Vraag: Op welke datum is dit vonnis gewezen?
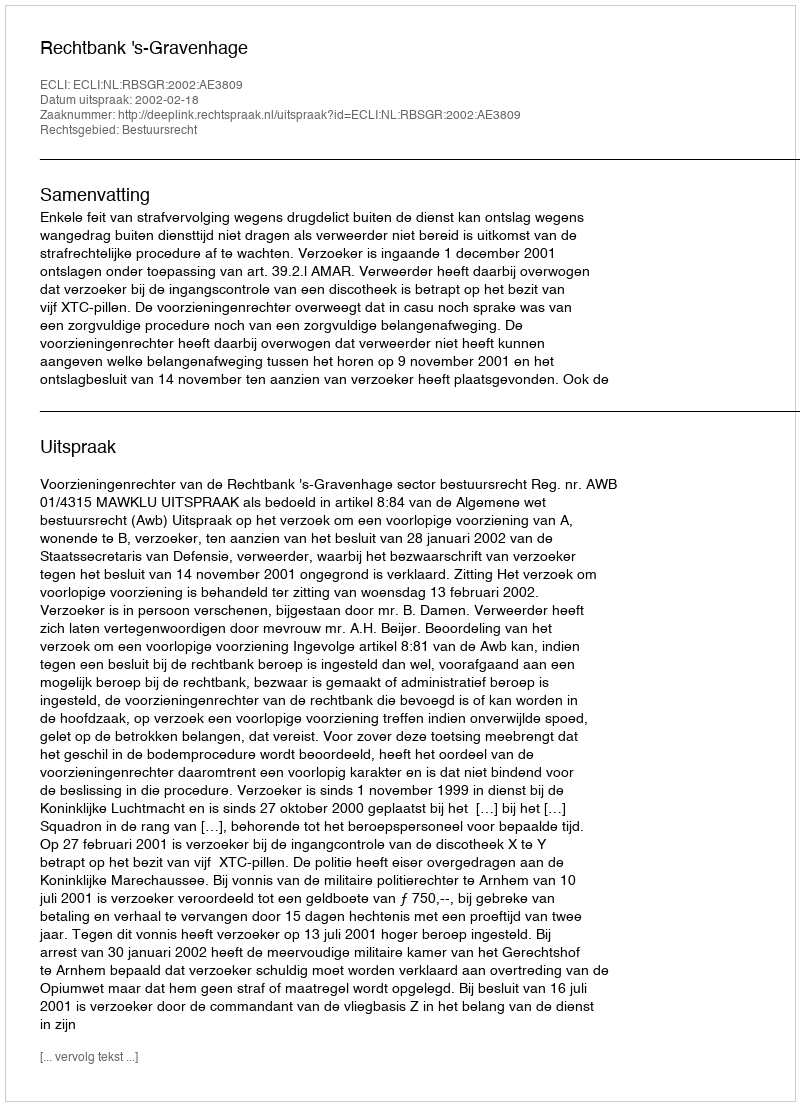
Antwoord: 2002-02-18